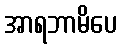
အာရဘာမိပေ